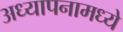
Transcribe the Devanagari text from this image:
अध्यापनामध्ये